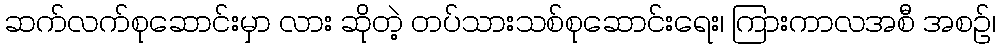
ဆက်လက်စုဆောင်းမှာ လား ဆိုတဲ့ တပ်သားသစ်စုဆောင်းရေး၊ ကြားကာလအစီ အစဉ်၊